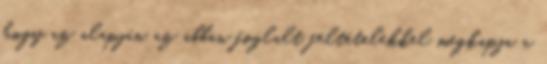
hogy az alapján az abban foglalt feltételekkel megkapja a